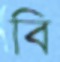
বি